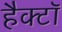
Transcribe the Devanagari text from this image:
हैक्टॉ